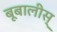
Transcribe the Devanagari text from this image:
बूबालीस्